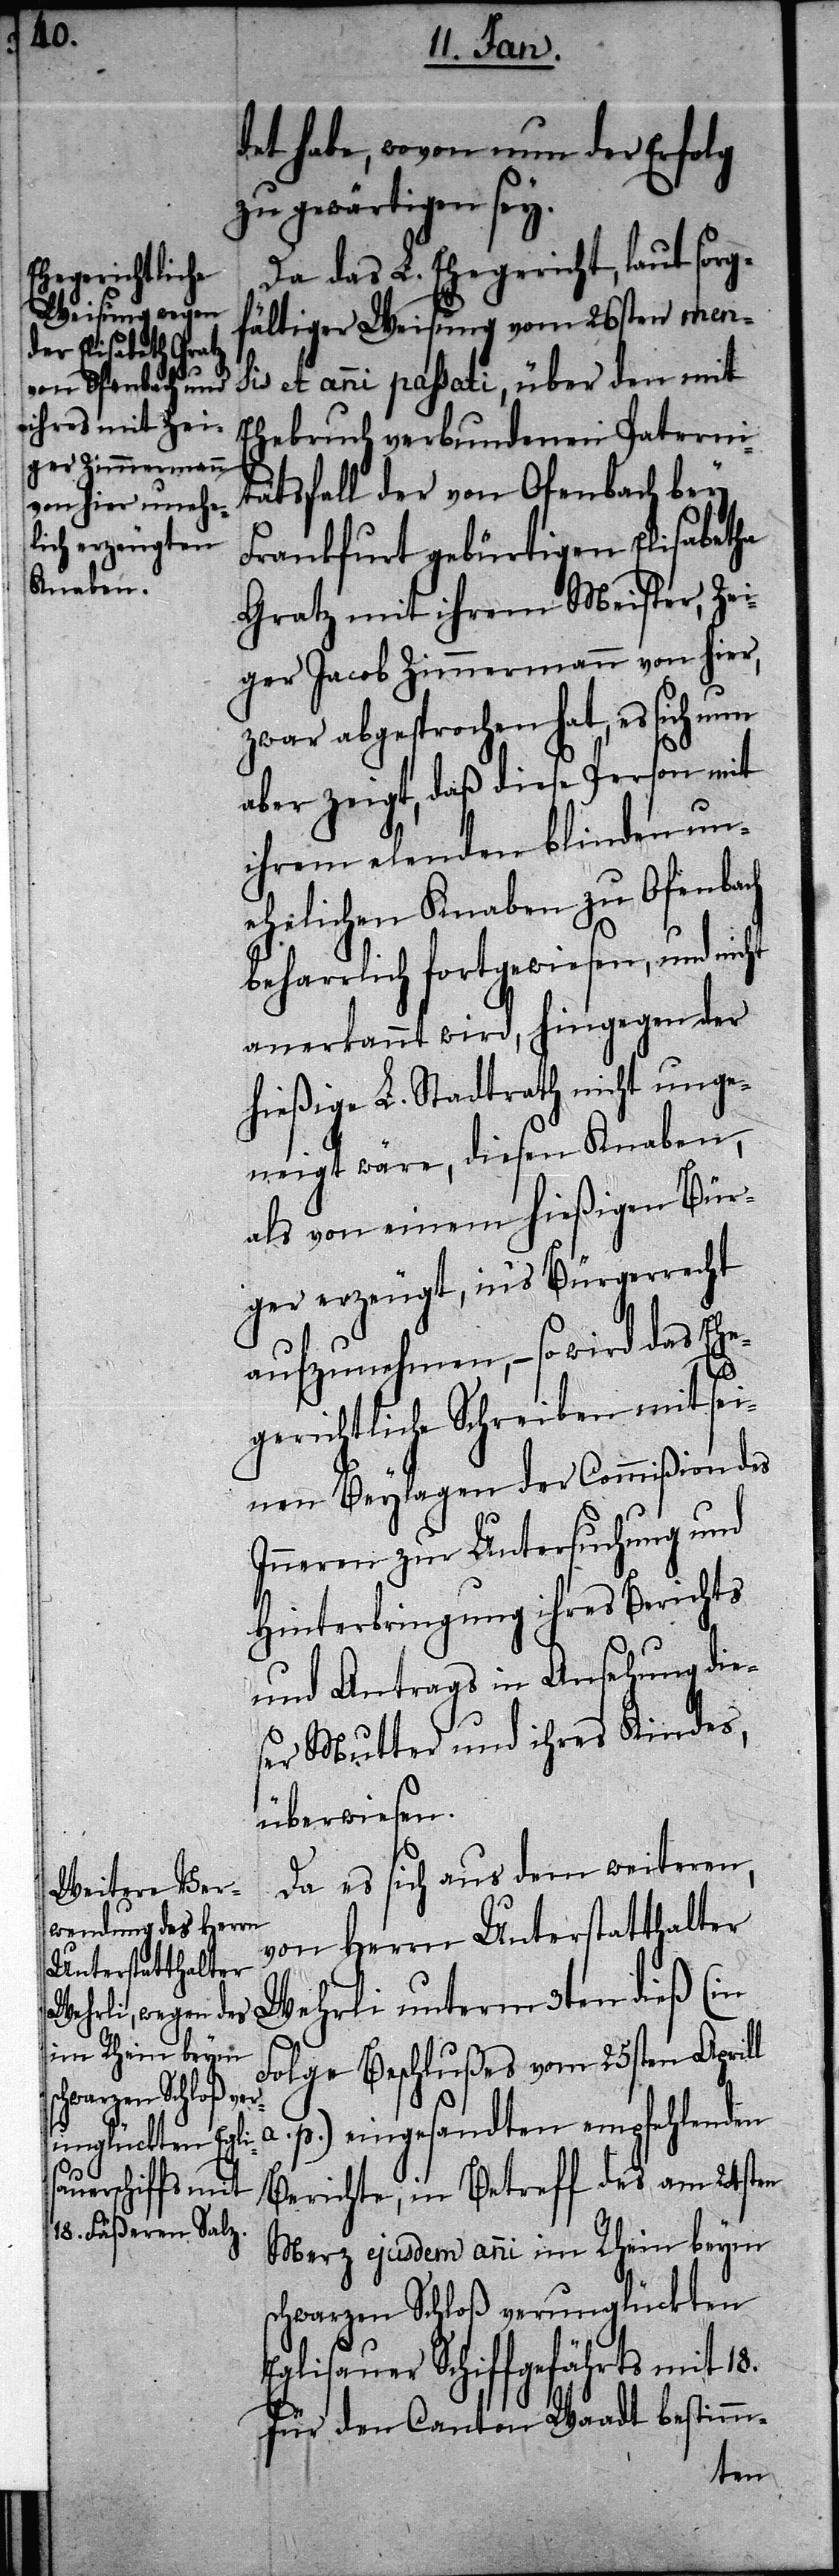
det habe, wovon nun der Erfolg
zu gewärtigen sey.
Da das L. Ehegericht, laut sorg¬
fältiger Weisung vom 26sten me¬
nsis et anni passati, über den mit
Ehebruch verbundenen Paterni¬
tätsfall der von Ofenbach bey
Frankfurt gebürtigen Elisabetha
Gratz mit ihrem Meister, Zei¬
ger Jacob Zimmermann von hier,
zwar abgesprochen hat, es sich nun
aber zeigt, daß diese Person mit
ihrem elenden blinden un¬
ehelichen Knaben zu Ofenbach
beharrlich fortgewiesen, und nicht
anerkannt wird, hingegen der
hießige L. Stadtrath nicht unge¬
neigt wäre, diesen Knaben,
als von einem hießigen Bür¬
ger erzeugt, in‘s Bürgerrecht
aufzunehmen, – so wird das Ehe¬
gerichtliche Schreiben mit sei¬
nen Beylagen der Commißion des
Inneren zur Untersuchung und
Hinterbringung ihres Berichts
und Antrags in Ansehung dies¬
er Mutter und ihres Kindes,
überwiesen.
Da es sich aus dem weiteren,
von Herrn Unterstatthalter
Wehrli unterm 3ten dieß (in
Folge Beschlußes vom 25sten Aprill
a. p.) eingesandten empfehlenden
Berichte, in Betreff des am 24sten
Merz ejusdem anni im Rhein beym
schwarzen Schloß verunglückten
Eglisauer Schiffgefährts mit 18.
für den Canton Waadt bestimm-